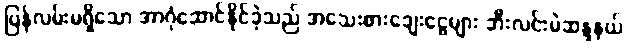
ပြန်လမ်းမရှိသော အာဂုံဆောင်နိုင်ခဲ့သည် အသေးစားချေးငွေများ ဘီးလင်းမဲဆန္ဒနယ်